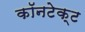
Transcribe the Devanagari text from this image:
कॉनटेक्ट